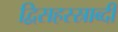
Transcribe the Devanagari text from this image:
द्विसहस्स्राब्दी